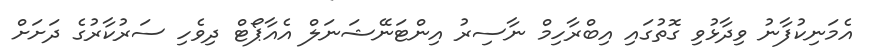
އެމަނިކުފާނު ވިދާޅުވި ގޮތުގައި އިބްރާހިމް ނާސިރު އިންޓަނޭޝަނަލް އެއާޕޯޓް ދިވެހި ސަރުކާރުގެ ދަށަށް